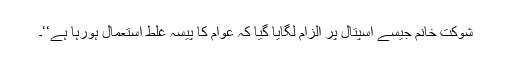
شوکت خانم جیسے اسپتال پر الزام لگایا گیا کہ عوام کا پیسہ غلط استعمال ہورہا ہے‘‘۔